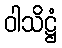
ဝါသိဋ္ဌံ